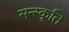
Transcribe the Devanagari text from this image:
सन्स्कृति